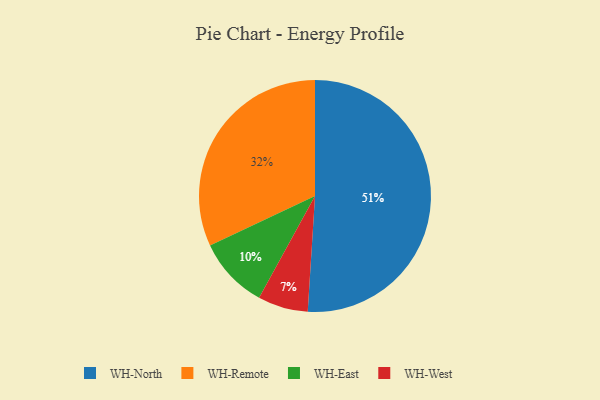
{"axis": {"x": "Category", "y": "Percentage"}, "legend": ["WH-East", "WH-North", "WH-Remote", "WH-West"], "data": [{"x": "WH-West", "y": 7, "type": "WH-West"}, {"x": "WH-East", "y": 10, "type": "WH-East"}, {"x": "WH-Remote", "y": 32, "type": "WH-Remote"}, {"x": "WH-North", "y": 51, "type": "WH-North"}]}